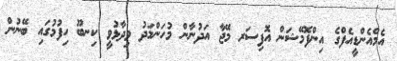
އެމްއެންޑީއެފްގެ އިންފޮމޭޝަން އޮފިސަރ މޭޖާ އަދުނާން މުހަންމަދު ވިދާޅުވީ ކިނބޫ ހިފުމުގައި ބޭނުން